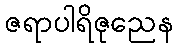
ဇရာပါရိဇုညေန